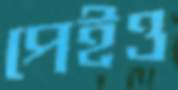
পেইও